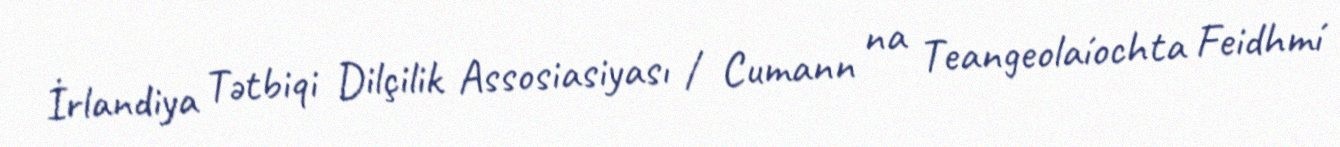
İrlandiya Tətbiqi Dilçilik Assosiasiyası / Cumann na Teangeolaíochta Feidhmí